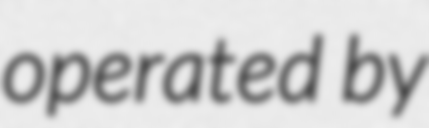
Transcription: operated by